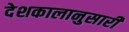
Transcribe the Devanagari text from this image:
देशकालानुसारी